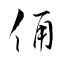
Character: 俑